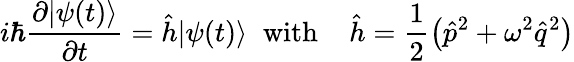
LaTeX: i\hbar\frac{\partial|\psi(t)\rangle}{\partial t}=\hat{h}|\psi(t)\rangle\; \; \mathrm{with}\; \; \; \; \hat{h}=\frac{1}{2}\left(\hat{p}^{2}+\omega^{2}\hat{q}^{2}\right)